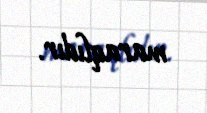
maraqlıdır.